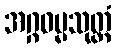
အဂ္ဂဓမ္မသုတ္တံ